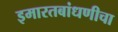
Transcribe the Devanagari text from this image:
इमारतबांधणीचा